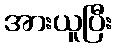
အားယူပြီး